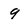
Character: 9